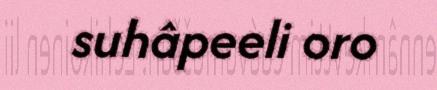
suhâpeeli oro